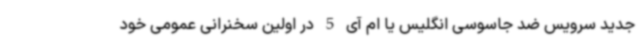
جدید سرویس ضد جاسوسی انگلیس یا ام آی 5 در اولین سخنرانی عمومی خود